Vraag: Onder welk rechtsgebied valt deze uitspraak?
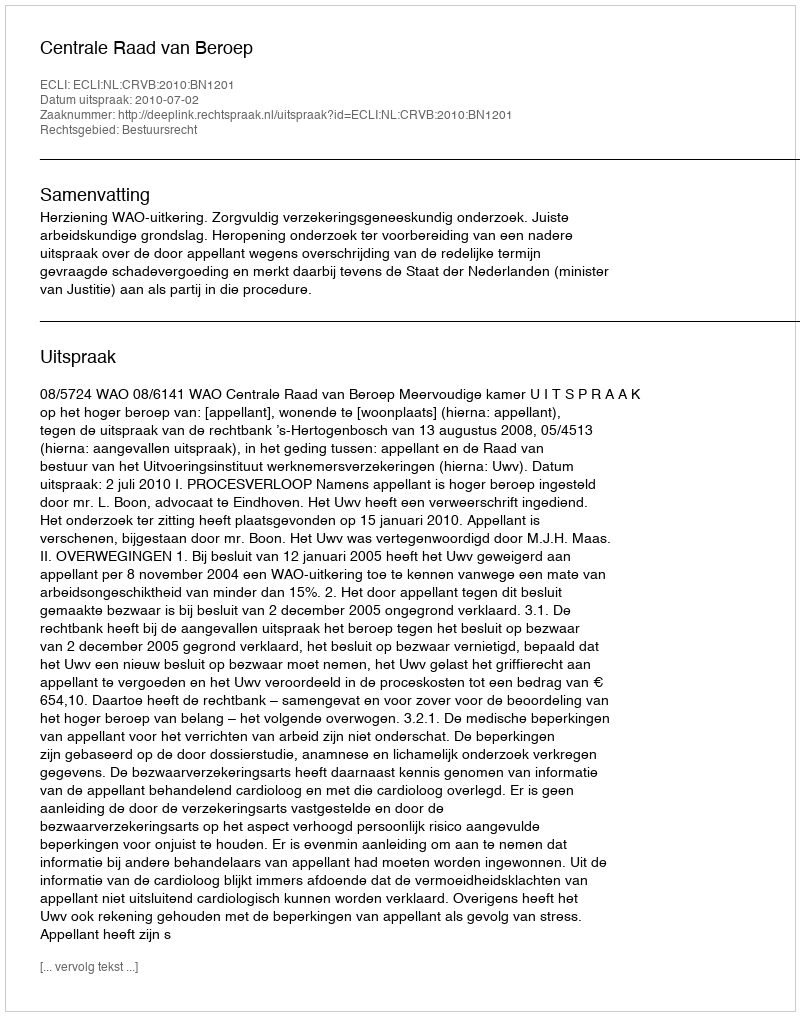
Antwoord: Bestuursrecht